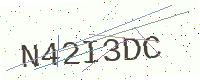
Text: N42I3DC